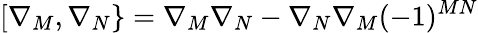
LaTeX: [\nabla_{M},\nabla_{N}\} =\nabla_{M}\nabla_{N}-\nabla_{N}\nabla_{M}(-1)^{MN}